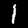
Digit: 1